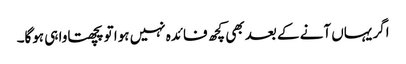
اگر یہاں آنے کے بعد بھی کچھ فائدہ نہیں ہوا تو پچھتاوا ہی ہوگا۔